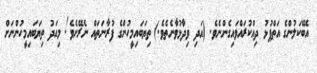
އެބޭކަލުންގެ އަތްޕުޅު ދިއްކުރައްވައިގެންނެވެ. (އަދި ވިދާޅުވާނެތެވެ.) ތިޔަބައިމީހުންގެ ފުރާނަތައް ނެރޭށެވެ! މިއަދު ތިޔަބައިމީހުންނަށް